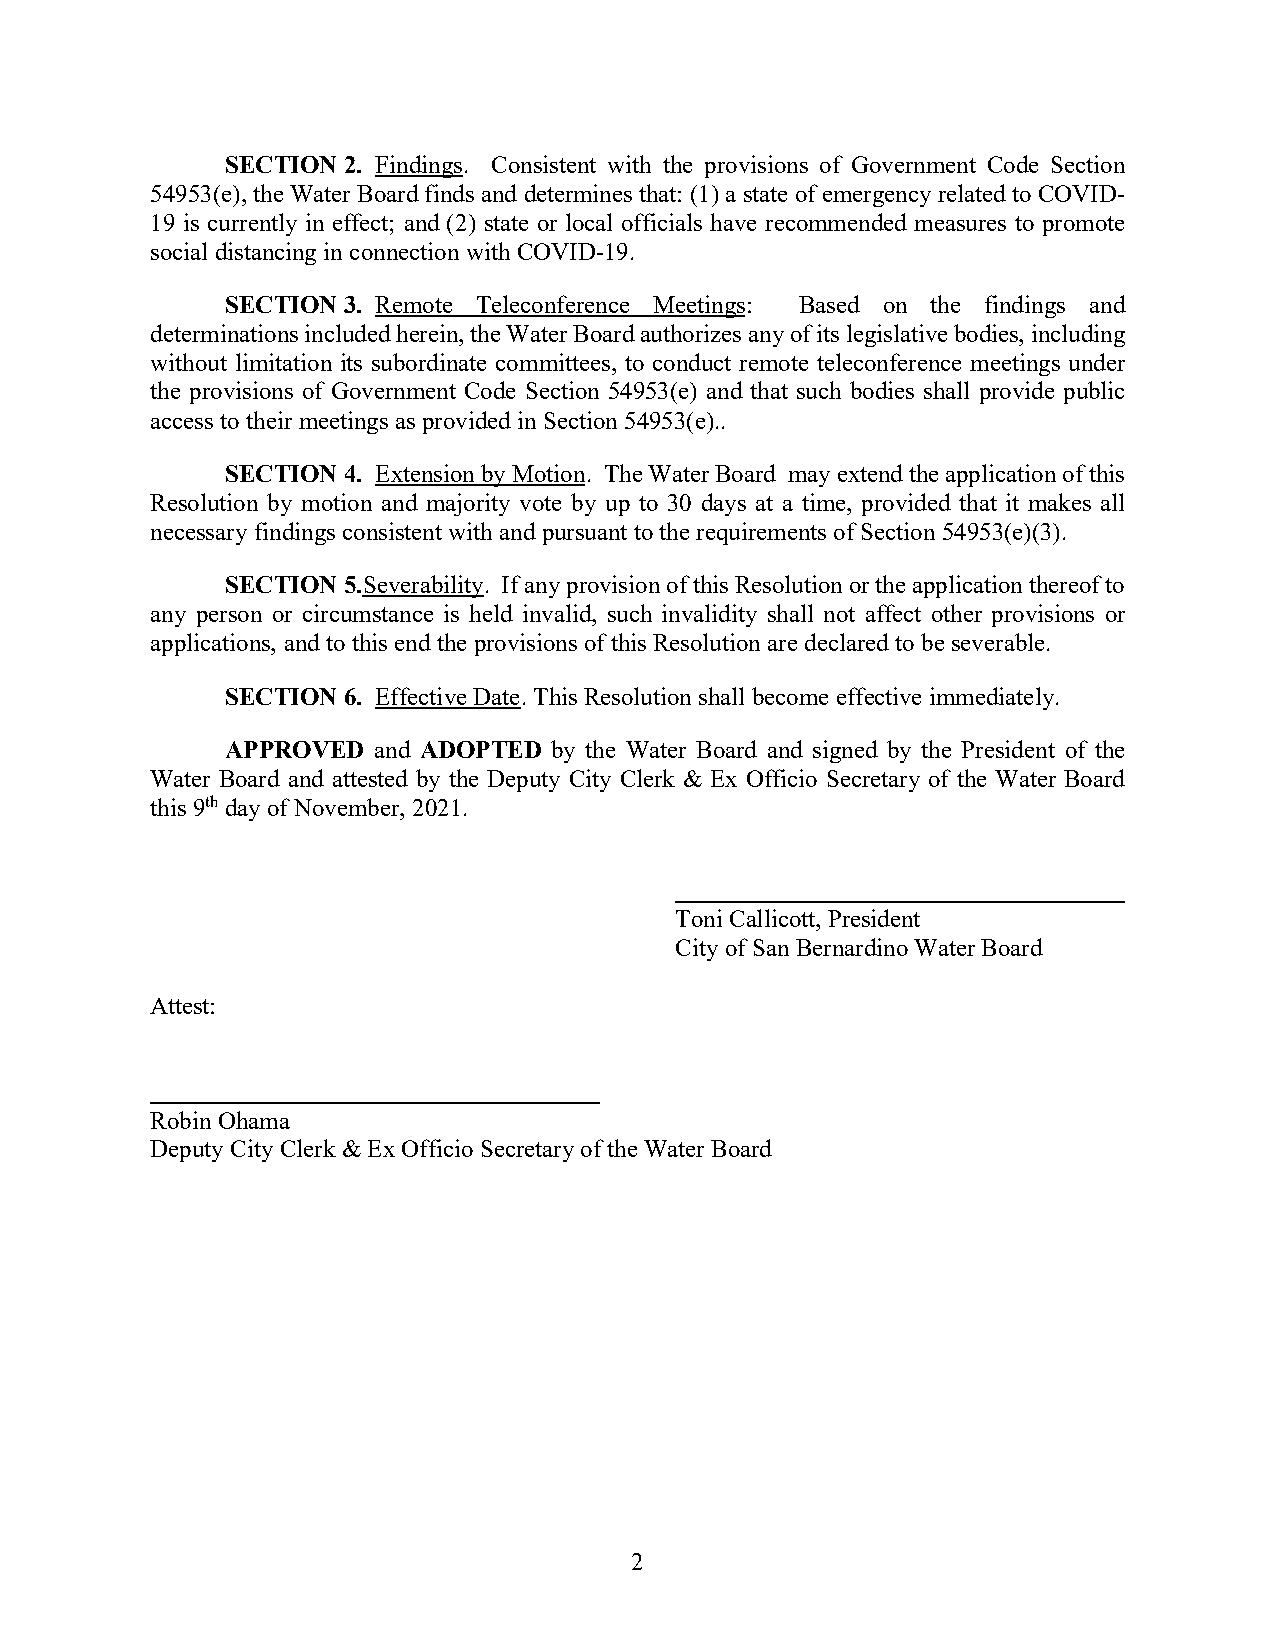
SECTION 2. Findings. Consistent with the provisions of Government Code Section
 54953(e), the Water Board finds and determines that: (1) a state of emergency related to COVID-
 19 is currently in effect; and (2) state or local officials have recommended measures to promote
 social distancing in connection with COVID-19.
 SECTION 3. Remote Teleconference Meetings: Based on the findings and
 determinations included herein, the Water Board authorizes any of its legislative bodies, including
 without limitation its subordinate committees, to conduct remote teleconference meetings under
 the provisions of Government Code Section 54953(e) and that such bodies shall provide public
 access to their meetings as provided in Section 54953(e)..
 SECTION 4. Extension by Motion. The Water Board may extend the application of this
 Resolution by motion and majority vote by up to 30 days at a time, provided that it makes all
 necessary findings consistent with and pursuant to the requirements of Section 54953(e)(3).
 SECTION 5.Severability. If any provision of this Resolution or the application thereof to
 any person or circumstance is held invalid, such invalidity shall not affect other provisions or
 applications, and to this end the provisions of this Resolution are declared to be severable.
 SECTION 6. Effective Date. This Resolution shall become effective immediately.
 APPROVED  and ADOPTED by the Water Board and signed by the President of the
 Water Board and attested by the Deputy City Clerk & Ex Officio Secretary of the Water Board
 this 9th day of November, 2021.
 Toni Callicott, President
 City of San Bernardino Water Board
 Attest:
 Robin Ohama
 Deputy City Clerk & Ex Officio Secretary of the Water Board
 2